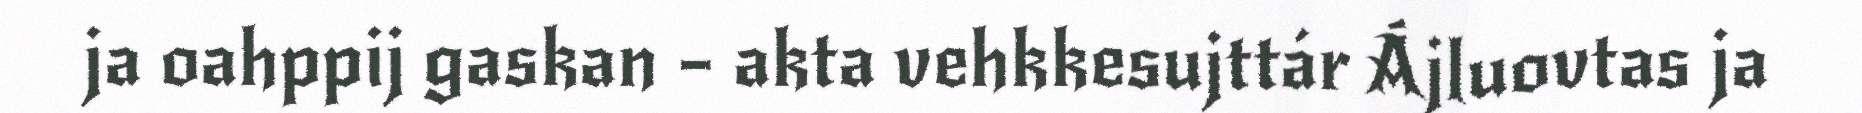
ja oahppij gaskan – akta vehkkesujttár Ájluovtas ja